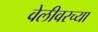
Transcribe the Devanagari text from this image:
वेलीवरच्या